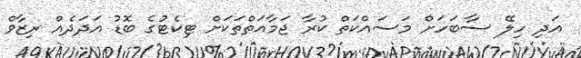
އަދި ހިލޭ ސާބަހަށް މަސައްކަތް ކުރާ ޖަމާއަތްތަކަށް ޓިކެޓުގެ ބޮޑު އަދަދެއް ރިޒާވް